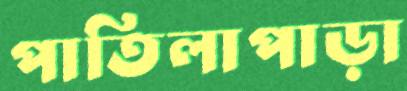
পাতিলাপাড়া